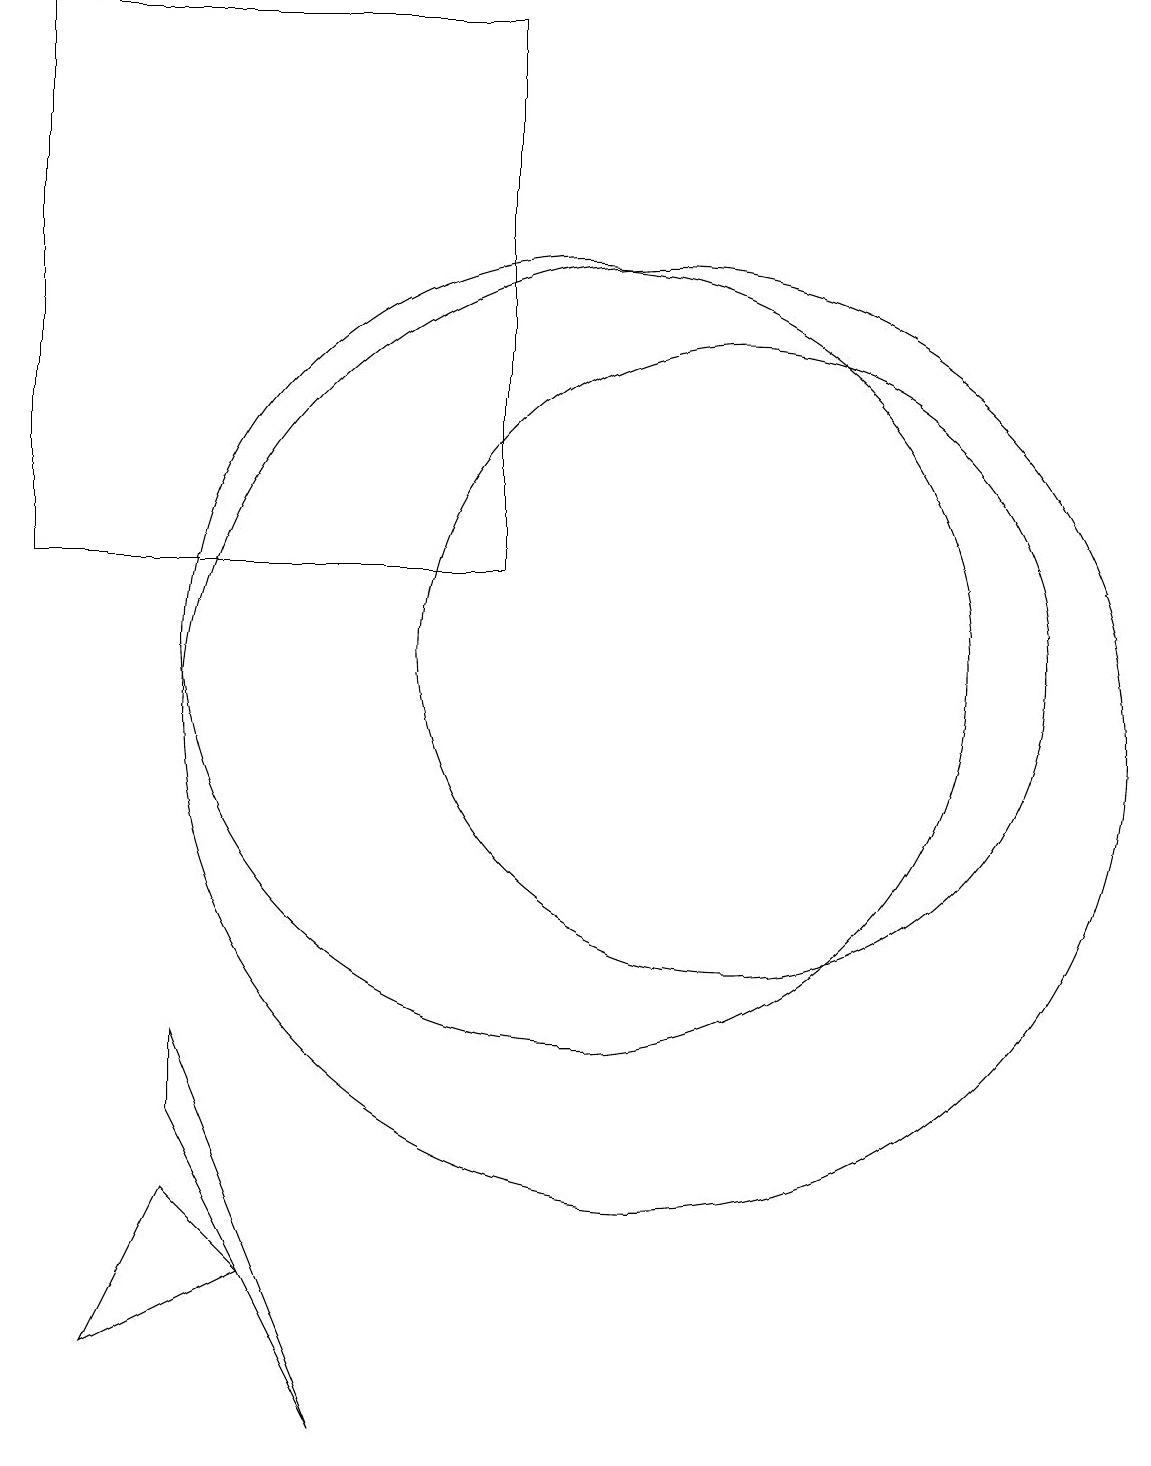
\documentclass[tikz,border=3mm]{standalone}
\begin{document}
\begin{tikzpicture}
\draw (12,11) circle (4);
\draw (11,10) circle (6);
\draw (3,19) rectangle (9,12);
\draw (10,11) circle (5);
\draw (6,17) rectangle (6,17);
\draw (4,2) -- (6,3) -- (5,4) -- cycle;
\draw (7,1) -- (5,6) -- (5,5) -- cycle;
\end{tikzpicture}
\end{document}